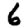
Digit: 6